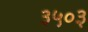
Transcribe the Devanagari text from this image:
३५०३